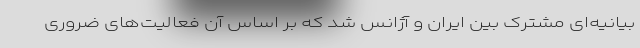
بیانیه‌ای مشترک بین ایران و آژانس شد که بر اساس آن فعالیت‌های ضروری